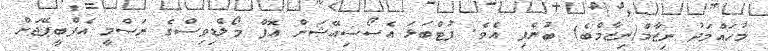
މުހައްމަދު ނިޒާމް(ނިޒާމްބެ) ބުނެފި އެވެ. ފުޓްބަޅަ އެސޯސިއޭޝަން އޮފް މޯލްޑިވިސްގެ ރަސްމީ އެފްބީޕޭޖަށް